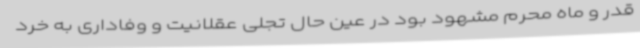
قدر و ماه محرم مشهود بود در عین حال تجلی عقلانیت و وفاداری به خرد